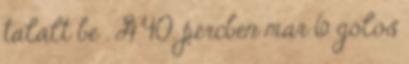
talált be . A 40. percben már 6 gólos